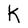
Character: K